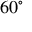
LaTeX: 6 0 ^ { \circ }